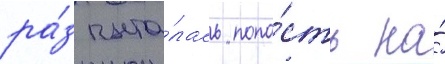
ра́з пыта́лась попа́сть на́